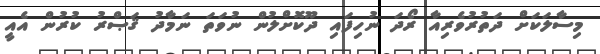
މިސާލަކަށް ދަތުރުވެރިއާ ރޯދަ ނުހިފައި ދޫކޮށްލުން ނުވަތަ ނަމާދު ޤަޞްރު ކުރުން އެއީ